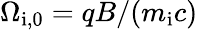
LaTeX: \Omega_{\mathrm{i,0}}=qB/(m_{\mathrm{i}}c)